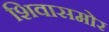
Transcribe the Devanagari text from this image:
शिवासमोर